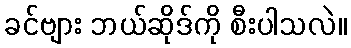
ခင်ဗျား ဘယ်ဆိုဒ်ကို စီးပါသလဲ။